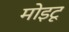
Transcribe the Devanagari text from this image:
मोइटू